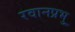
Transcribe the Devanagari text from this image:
रवानप्रभु